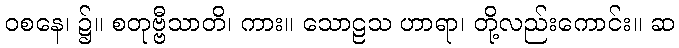
ဝစနေ၊ ၌။ စတုဗ္ဗီသာတိ၊ ကား။ သောဠသ ဟာရာ၊ တို့လည်းကောင်း။ ဆ